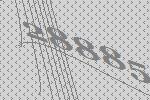
28885